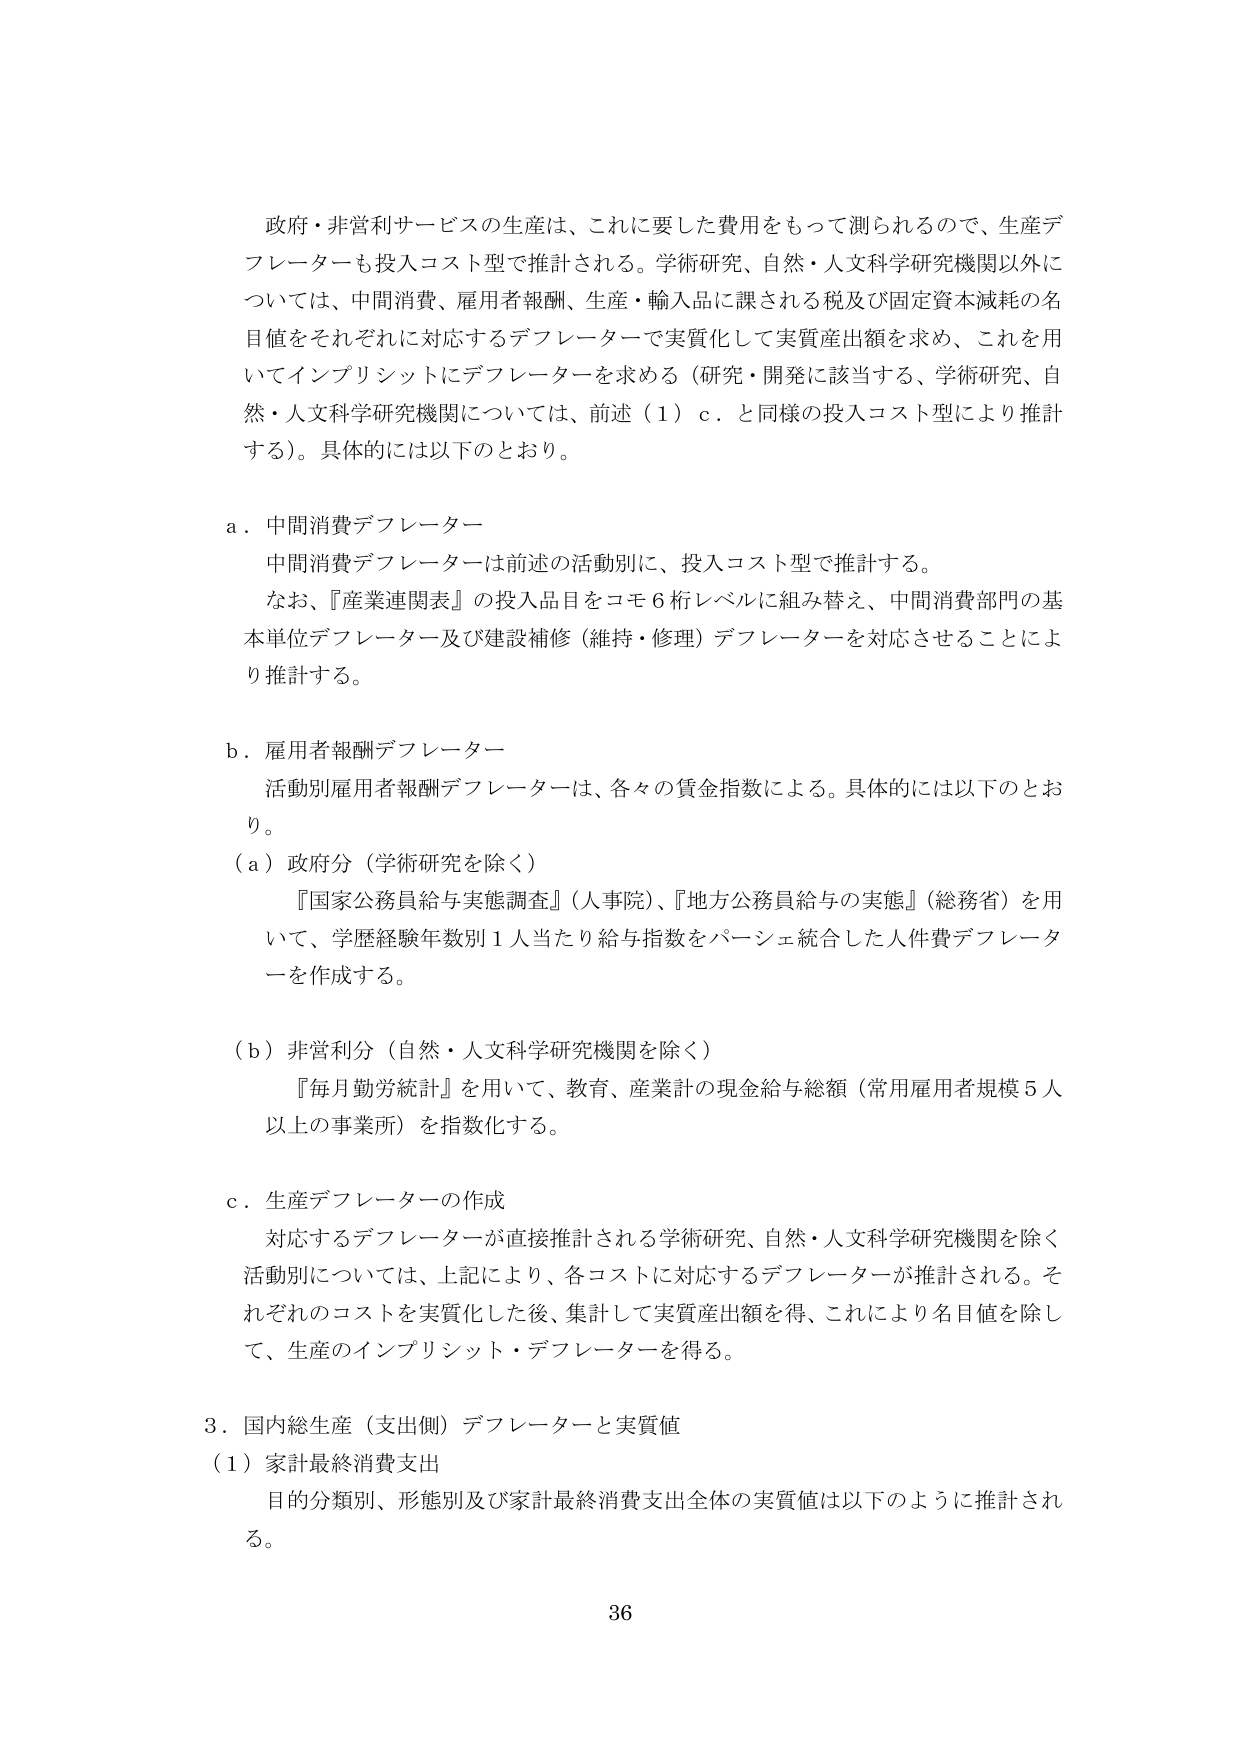
政府・非営利サービスの生産は、これに要した費用をもって測られるので、生産デフレーターも投入コスト型で推計される。学術研究、自然・人文科学研究機関以外については、中間消費、雇用者報酬、生産・輸入品に課される税及び固定資本減耗の名目値をそれぞれに対応するデフレーターで実質化して実質産出額を求め、これを用いてインプリシットにデフレーターを求める（研究・開発に該当する、学術研究、自然・人文科学研究機関については、前述（1）ｃ．と同様の投入コスト型により推計する）。具体的には以下のとおり。

ａ．中間消費デフレーター
　中間消費デフレーターは前述の活動別に、投入コスト型で推計する。
　なお、『産業連関表』の投入品目をコモ６桁レベルに組み替え、中間消費部門の基本単位デフレーター及び建設補修（維持・修理）デフレーターを対応させることにより推計する。

ｂ．雇用者報酬デフレーター
　活動別雇用者報酬デフレーターは、各々の賃金指数による。具体的には以下のとおり。
（ａ）政府分（学術研究を除く）
　　『国家公務員給与実態調査』（人事院）、『地方公務員給与の実態』（総務省）を用いて、学歴経験年数別１人当たり給与指数をパーシェ統合した人件費デフレーターを作成する。
（ｂ）非営利分（自然・人文科学研究機関を除く）
　　『毎月勤労統計』を用いて、教育、産業計の現金給与総額（常用雇用者規模５人以上の事業所）を指数化する。

ｃ．生産デフレーターの作成
　対応するデフレーターが直接推計される学術研究、自然・人文科学研究機関を除く活動別については、上記により、各コストに対応するデフレーターが推計される。それぞれのコストを実質化した後、集計して実質産出額を得、これにより名目値を除して、生産のインプリシット・デフレーターを得る。

３．国内総生産（支出側）デフレーターと実質値
（1）家計最終消費支出
　目的分類別、形態別及び家計最終消費支出全体の実質値は以下のように推計される。

36